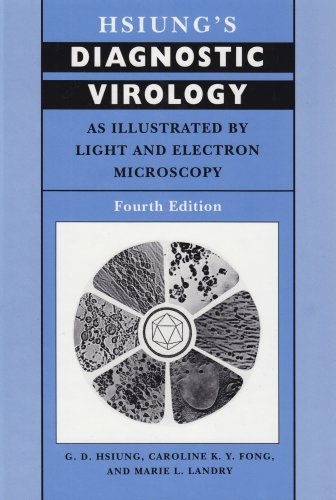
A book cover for Hsiung's Diagnostic Virology: As Illustrated by Light and Electron Microscopy, 4th Edition; G. D. Hsiung; Medical Books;